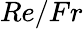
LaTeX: Re/Fr